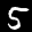
Label: 5